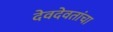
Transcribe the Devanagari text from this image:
देवदेवतांचा